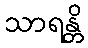
သာရန္တိ